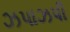
ઝપાઝપી